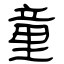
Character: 童